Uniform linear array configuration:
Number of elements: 24
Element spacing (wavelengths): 0.25
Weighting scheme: hann
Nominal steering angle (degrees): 45
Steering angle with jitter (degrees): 46.099
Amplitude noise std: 0.05
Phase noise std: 0.05

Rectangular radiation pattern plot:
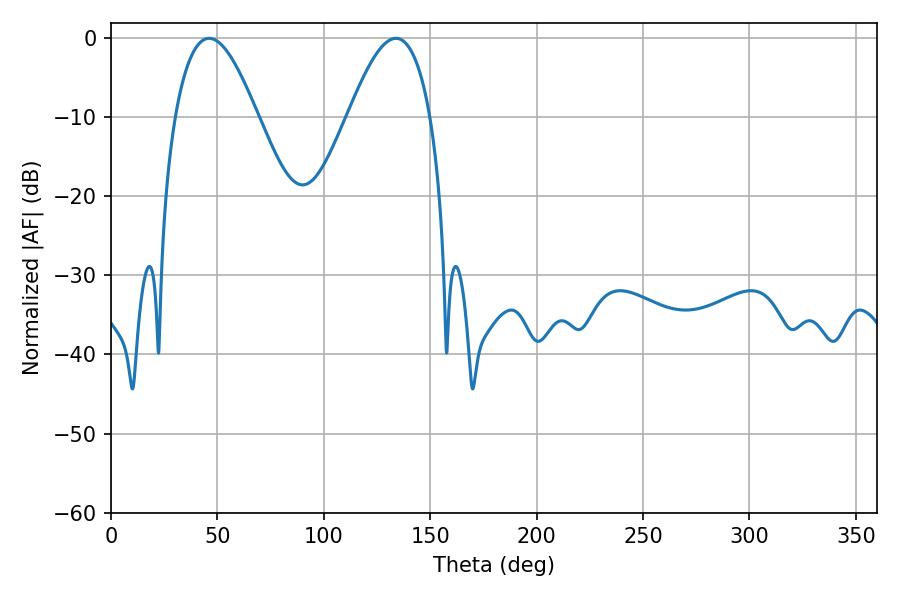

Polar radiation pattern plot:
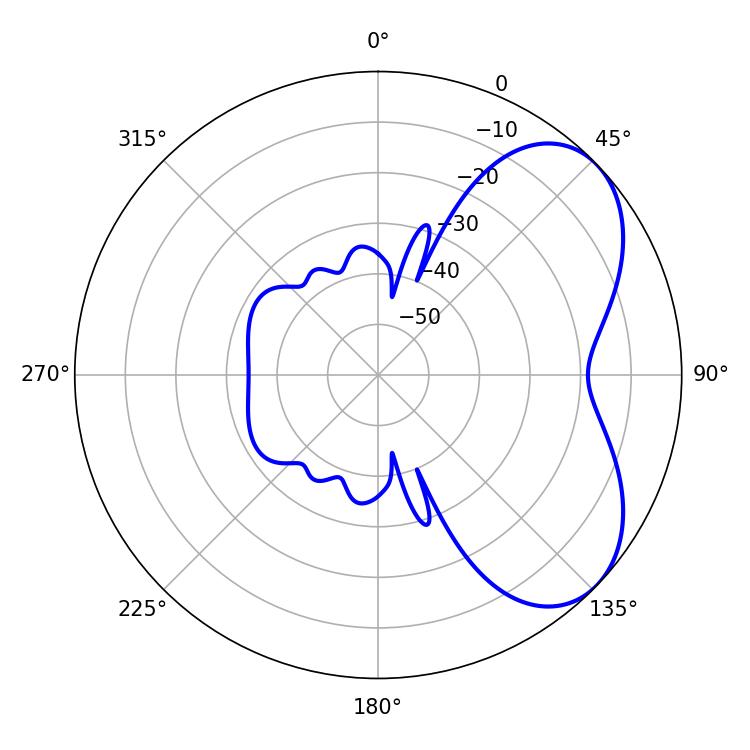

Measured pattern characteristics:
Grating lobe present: FALSE
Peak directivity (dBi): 5.278
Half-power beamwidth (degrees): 20.88
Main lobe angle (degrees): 46.08